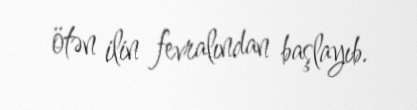
ötən ilin fevralından başlayıb.